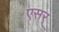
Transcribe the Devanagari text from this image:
एसर्